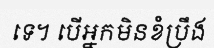
ទេ។ បើអ្នកមិនខំប្រឹង